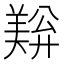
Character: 𬙺